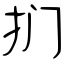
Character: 扪